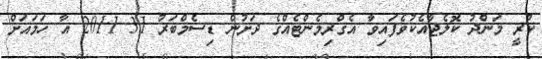
ކުރީ މަންދު ކޮލެޖާއެކުވެފައިވާ އެގްރިމެންޓެއްގެ ދަށުން ޑިސެމްބަރު 31 2011 އާ ހަމައަށް